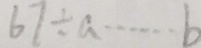
6 7 \div a \cdots b